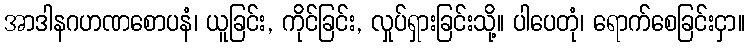
အာဒါနဂဟဏစောပနံ၊ ယူခြင်း, ကိုင်ခြင်း, လှုပ်ရှားခြင်းသို့။ ပါပေတုံ၊ ရောက်စေခြင်းငှာ။